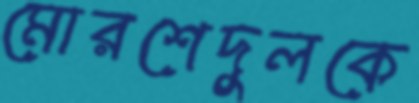
মোরশেদুলকে